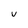
Character: v